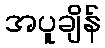
အပူချိန်